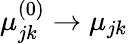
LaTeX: \mu_{jk}^{(0)}\to\mu_{jk}